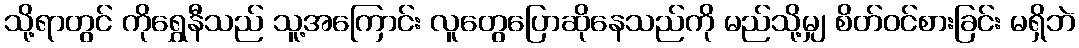
သို့ရာတွင် ကိုရွှေနီသည် သူ့အကြောင်း လူတွေပြောဆိုနေသည်ကို မည်သို့မျှ စိတ်ဝင်စားခြင်း မရှိဘဲ